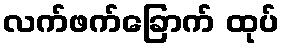
လက်ဖက်ခြောက် ထုပ်